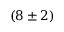
( 8 \pm 2 )